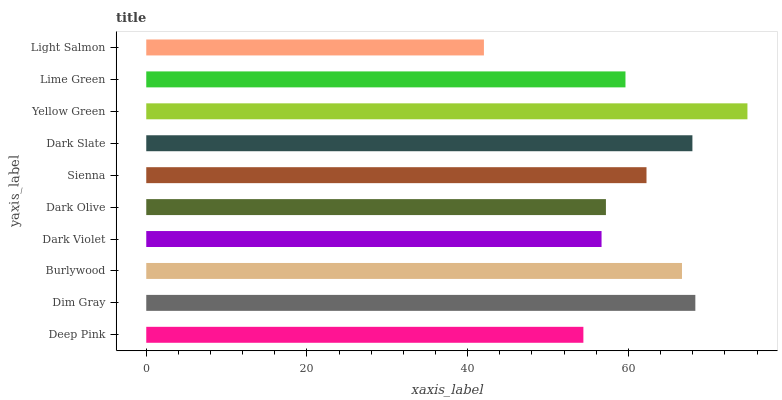
| yaxis_label | bars |
 | --- | --- |
 | Deep Pink | 54.4 |
 | Dim Gray | 68.3 |
 | Burlywood | 66.7 |
 | Dark Violet | 56.7 |
 | Dark Olive | 57.2 |
 | Sienna | 62.2 |
 | Dark Slate | 68 |
 | Yellow Green | 74.8 |
 | Lime Green | 59.6 |
 | Light Salmon | 42 |